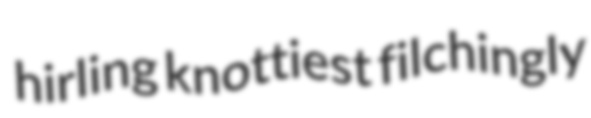
hirling knottiest filchingly